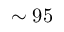
\sim 9 5